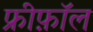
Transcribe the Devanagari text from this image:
फ्रीफ़ॉल